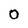
Character: 0